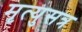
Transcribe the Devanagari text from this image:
मृत्युसत्र